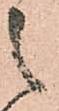
之